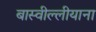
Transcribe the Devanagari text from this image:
बास्वील्लीयाना